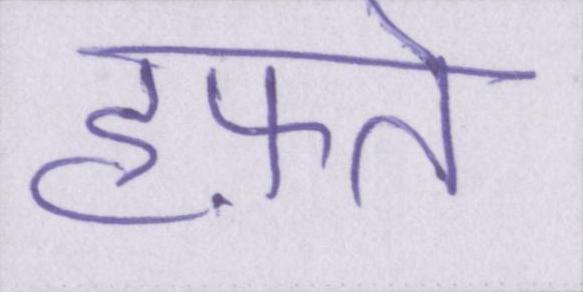
हफ़्ते